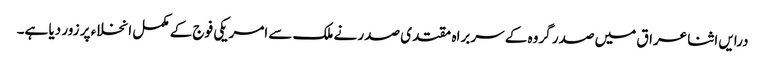
درایں اثنا عراق میں صدر گروہ کے سربراہ مقتدی صدر نے ملک سے امریکی فوج کے مکمل انخلاء پر زور دیا ہے۔